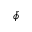
\bar { \phi }